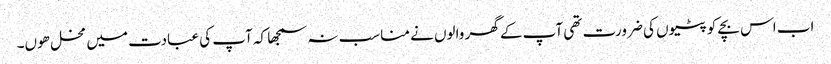
اب اس بچے کو پٹیوں کی ضرورت تھی آپ کے گھر والوں نے مناسب نہ سمجھا کہ آپ کی عبادت میں مخل ھوں۔